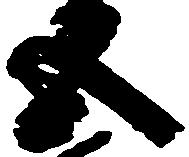
五